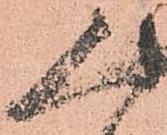
人